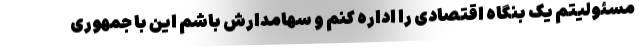
مسئولیتم یک بنگاه اقتصادی را اداره کنم و سهامدارش باشم این با جمهوری